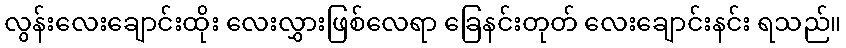
လွန်းလေးချောင်းထိုး လေးလွှားဖြစ်လေရာ ခြေနင်းတုတ် လေးချောင်းနင်း ရသည်။